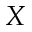
X